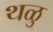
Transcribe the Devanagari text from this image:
थळु